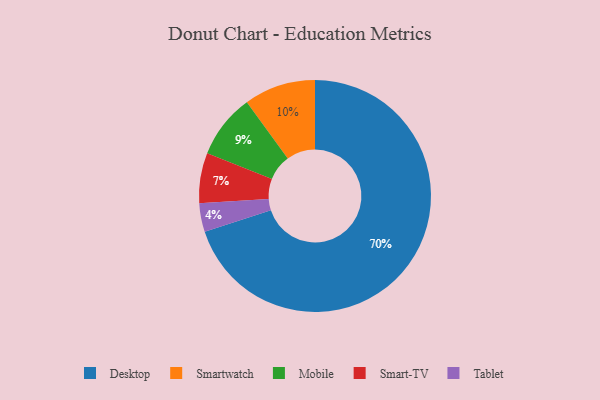
{"axis": {"x": "Category", "y": "Percentage"}, "legend": ["Desktop", "Mobile", "Smart-TV", "Smartwatch", "Tablet"], "data": [{"x": "Smart-TV", "y": 7, "type": "Smart-TV"}, {"x": "Tablet", "y": 4, "type": "Tablet"}, {"x": "Smartwatch", "y": 10, "type": "Smartwatch"}, {"x": "Mobile", "y": 9, "type": "Mobile"}, {"x": "Desktop", "y": 70, "type": "Desktop"}]}